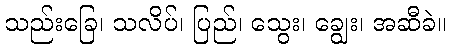
သည်းခြေ၊ သလိပ်၊ ပြည်၊ သွေး၊ ချွေး၊ အဆီခဲ။